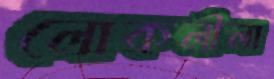
লোকলীলা